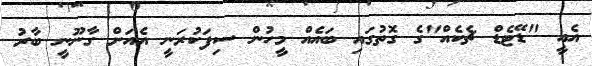
އެއީ "ޑޭޓެޑް ޗެކެއް"ގެ ގޮތުގައި ބައެއް މީހުން ސިފަކުރަނީ އެއަށް ގާނޫނީ ބާރު